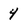
Character: 4